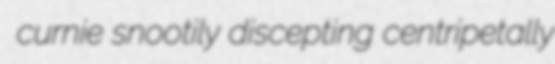
curnie snootily discepting centripetally